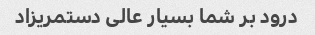
درود بر شما بسیار عالی دستمریزاد